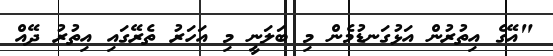
"އޭގެ އިތުރުން އަޅުގަނޑުމެން މި ބަލަނީ މި އަހަރު ތެރޭގައި އިތުރު ދޭއް